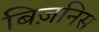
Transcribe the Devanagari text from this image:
बिज़निस